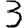
Digit: 3